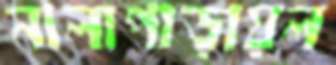
নালাপাড়ায়ল